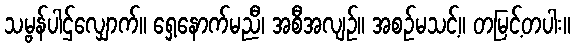
သမ္ဗန်ပါဌ်လျှောက်။ ရှေ့နောက်မညီ၊ အစီအလျဉ်။ အစဉ်မသင့်။ တမြင့်တပါး။